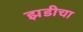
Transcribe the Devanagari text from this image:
झडीचा